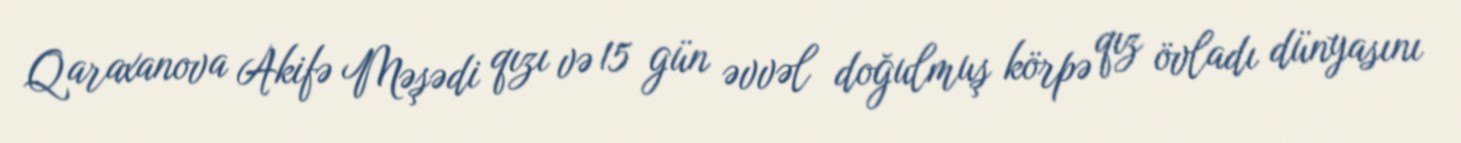
Qaraxanova Akifə Məşədi qızı və 15 gün əvvəl doğulmuş körpə qız övladı dünyasını